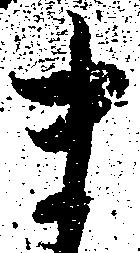
ま